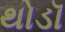
થોડૉ